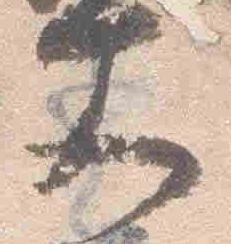
文